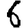
Digit: 6